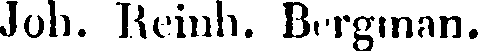
Joh. Reinh. Bergman.